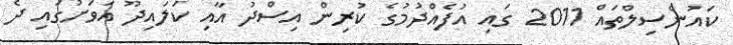
ކައުންސިލްތައް 2011 ގައި އުފެއްދުމުގެ ކުރިން އިސްދު އާއި ކަލައިދޫ އަވަށުގައި ދެ